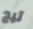
تيج